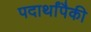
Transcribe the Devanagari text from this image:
पदार्थांपैकी